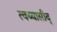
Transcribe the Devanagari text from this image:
त्वय्यासीद्